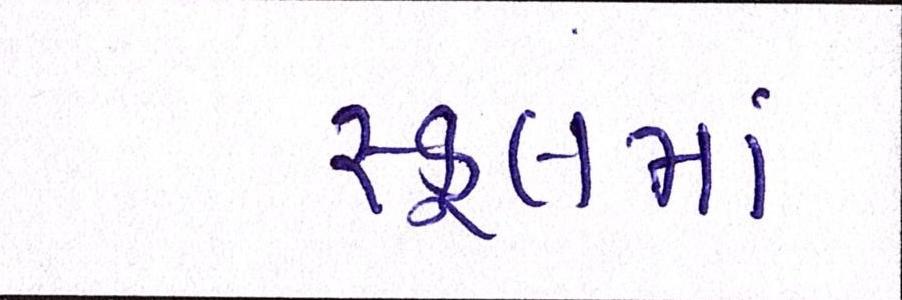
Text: સ્કૂલમાં